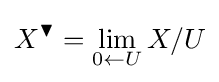
X^{\blacktriangledown }=\lim _{0\gets U}X/U